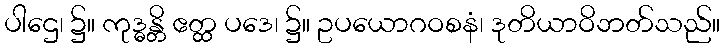
ပါဌေ၊ ၌။ ကုဒ္ဓန္တိ ဧတ္ထ ပဒေ၊ ၌။ ဥပယောဂဝစနံ၊ ဒုတိယာဝိဘတ်သည်။